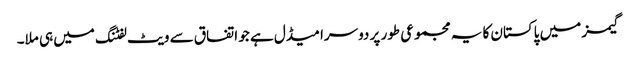
گیمز میں پاکستان کا یہ مجموعی طور پر دوسرا میڈل ہے جو اتفاق سے ویٹ لفٹنگ میں ہی ملا۔